Annual report of the Bengal Veterinary College and of the Civil Veterinary Department, Bengal, for the year 1917-18 - 1917-1918
Year: 1917
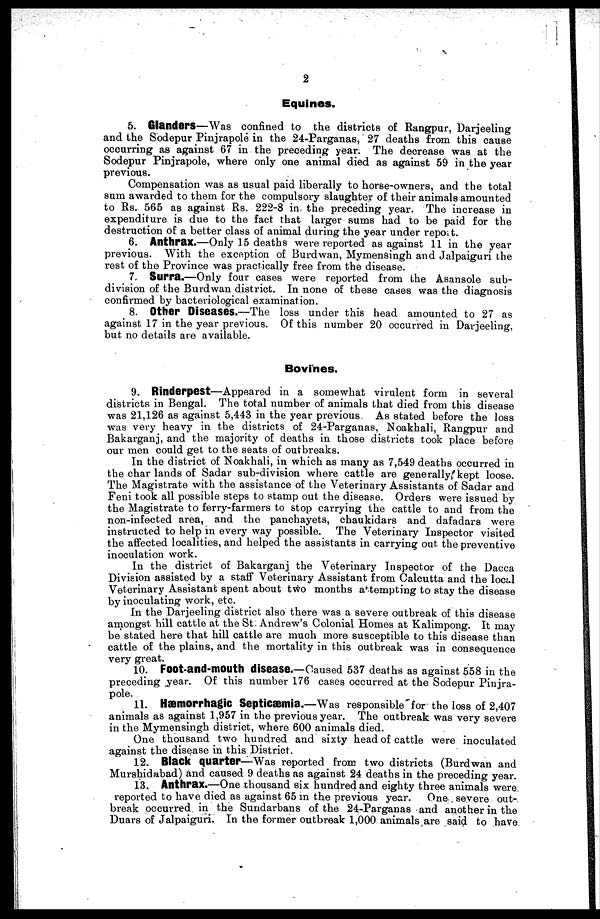
2
Equines.
5. Glanders—Was confined to the districts of Rangpur, Darjeeling
and the Sodepur Pinjrapole in the 24-Parganas, 27 deaths from this cause
occurring as against 67 in the preceding year. The decrease was at the
Sodepur Pinjrapole, where only one animal died as against 59 in the year
previous.
Compensation was as usual paid liberally to horse-owners, and the total
sum awarded to them for the compulsory slaughter of their animals amounted
to Rs. 565 as against Rs. 222-8 in the preceding year. The increase in
expenditure is due to the fact that larger sums had to be paid for the
destruction of a better class of animal during the year under report.
6. Anthrax.—Only 15 deaths were reported as against 11 in the year
previous. With the exception of Burdwan, Mymensingh and Jalpaiguri the
rest of the Province was practically free from the disease.
7. Surra.—Only four cases were reported from the Asansole sub-
division of the Burdwan district. In none of these cases was the diagnosis
confirmed by bacteriological examination.
8. Other Diseases.—The loss under this head amounted to 27 as
against 17 in the year previous. Of this number 20 occurred in Darjeeling,
but no details are available.
Bovines.
9. Rinderpest—Appeared in a somewhat virulent form in several
districts in Bengal. The total number of animals that died from this disease
was 21,126 as against 5,443 in the year previous. As stated before the loss
was very heavy in the districts of 24-Parganas, Noakhali, Rangpur and
Bakarganj, and the majority of deaths in those districts took place before
our men could get to the seats of outbreaks.
In the district of Noakhali, in which as many as 7,549 deaths occurred in
the char lands of Sadar sub-division where cattle are generally kept loose.
The Magistrate with the assistance of the Veterinary Assistants of Sadar and
Feni took all possible steps to stamp out the disease. Orders were issued by
the Magistrate to ferry-farmers to stop carrying the cattle to and from the
non-infected area, and the panchayets, chaukidars and dafadars were
instructed to help in every way possible. The Veterinary Inspector visited
the affected localities, and helped the assistants in carrying out the preventive
inoculation work.
In the district of Bakarganj the Veterinary Inspector of the Dacca
Division assisted by a staff Veterinary Assistant from Calcutta and the local
Veterinary Assistant spent about two months attempting to stay the disease
by inoculating work, etc.
In the Darjeeling district also there was a severe outbreak of this disease
amongst hill cattle at the St. Andrew's Colonial Homes at Kalimpong. It may
be stated here that hill cattle are much more susceptible to this disease than
cattle of the plains, and the mortality in this outbreak was in consequence
very great.
10. Foot-and-mouth disease.—Caused 537 deaths as against 558 in the
preceding year. Of this number 176 cases occurred at the Sodepur Pinjra-
pole.
11. Hæmorrhagic Septicæmia.—Was responsible for the loss of 2,407
animals as against 1,957 in the previous year. The outbreak was very severe
in the Mymensingh district, where 600 animals died.
One thousand two hundred and sixty head of cattle were inoculated
against the disease in this District.
12. Black quarter—Was reported from two districts (Burdwan and
Murshidabad) and caused 9 deaths as against 24 deaths in the preceding year.
13. Anthrax.—One thousand six hundred and eighty three animals were
reported to have died as against 65 in the previous year. One severe out-
break occurred in the Sundarbans of the 24-Parganas and another in the
Duars of Jalpaiguri. In the former outbreak 1,000 animals are said to have